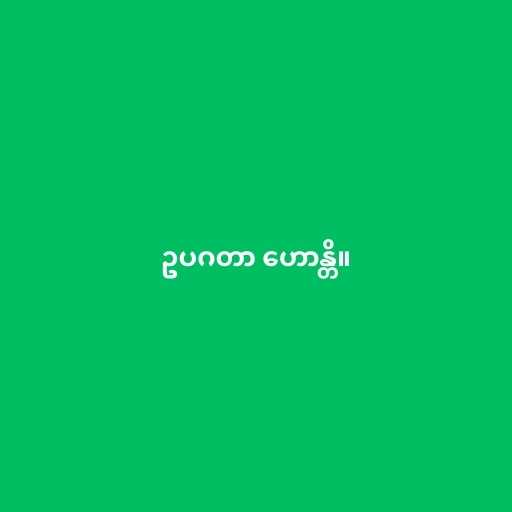
ဥပဂတာ ဟောန္တိ။